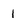
Character: 1